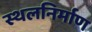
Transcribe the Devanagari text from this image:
स्थलनिर्माण